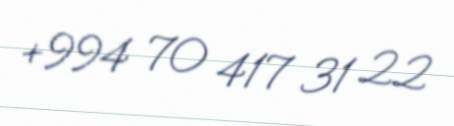
+994 70 417 31 22